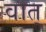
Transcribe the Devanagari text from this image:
वात्